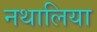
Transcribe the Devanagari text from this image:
नथालिया